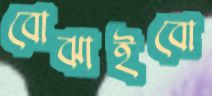
বোঝাইবো